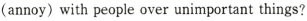
(annoy)with people over unimportant things?